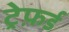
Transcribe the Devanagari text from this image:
ट्रेफ़र्ड